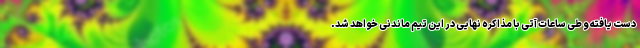
دست یافته و طی ساعات آتی با مذاکره نهایی در این تیم ماندنی خواهد شد.